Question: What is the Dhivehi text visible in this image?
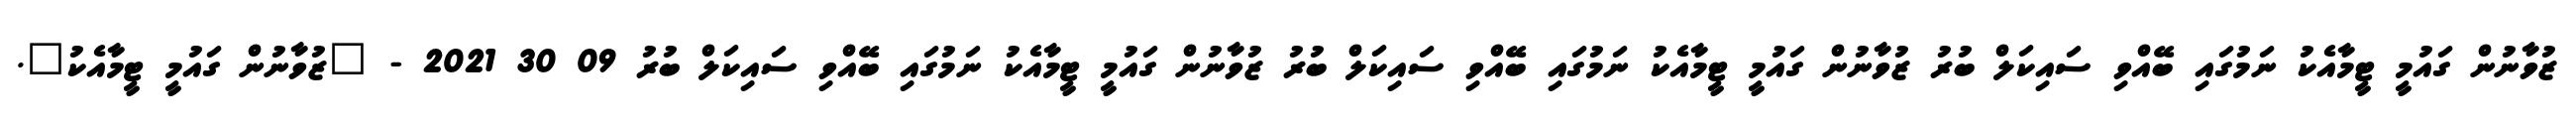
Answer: ޒުވާނުން ގައުމީ ޓީމާއެކު ނަމުގައި ބޭއްވި ސައިކަލް ބުރު ޒުވާނުން ގައުމީ ޓީމާއެކު ނަމުގައި ބޭއްވި ސައިކަލް ބުރު ޒުވާނުން ގައުމީ ޓީމާއެކު ނަމުގައި ބޭއްވި ސައިކަލް ބުރު 09 30 2021 - "ޒުވާނުން ގައުމީ ޓީމާއެކު".